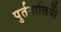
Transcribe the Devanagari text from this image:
पुर्तगालियोें